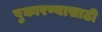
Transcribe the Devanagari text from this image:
पुकारण्यासाठी